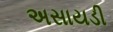
અસાયડી